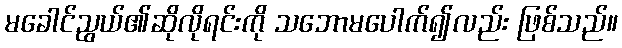
မခေါင်ညွယ်၏ဆိုလိုရင်းကို သဘောမပေါက်၍လည်း ဖြစ်သည်။